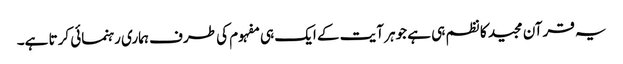
یہ قرآن مجید کا نظم ہی ہے جوہر آیت کے ایک ہی مفہوم کی طرف ہماری رہنمائی کرتا ہے۔